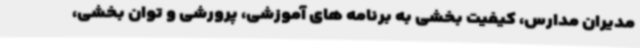
مدیران مدارس، کیفیت بخشی به برنامه های آموزشی، پرورشی و توان بخشی،